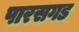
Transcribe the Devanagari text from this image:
पारसगड